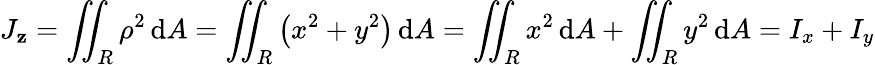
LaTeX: J_{\mathbf{z}}=\iint_{R}\rho^{2}\, \mathrm{{d}}A=\iint_{R}\left(x^{2}+y^{2}\right)\, \mathrm{{d}}A=\iint_{R}x^{2}\, \mathrm{{d}}A+\iint_{R}y^{2}\, \mathrm{{d}}A=I_{x}+I_{y}